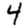
Digit: 4